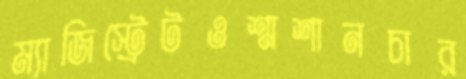
ম্যাজিস্ট্রেটওশ্মশানচার